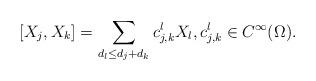
LaTeX: \begin{align*} [X_j,X_k]=\sum_{d_l\leq d_j+d_k} c_{j,k}^l X_l, c_{j,k}^l\in C^\infty(\Omega).\end{align*}